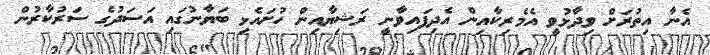
އެނާ އިތުރަށް ވިދާޅުވީ އެމެރިކާއިން އެދިފައިވާނީ ރަޝިޔާއިން ހުށައެޅި ބަޔާނުގައި އަސަދުގެ ސަރުކާރުން